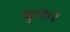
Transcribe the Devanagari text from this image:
कुफर